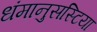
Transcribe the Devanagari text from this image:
धंमानुसस्टिया